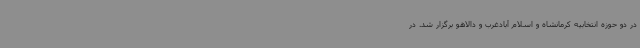
در دو حوزه انتخابیه کرمانشاه و اسلام آبادغرب و دالاهو برگزار شد. در